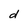
Character: d